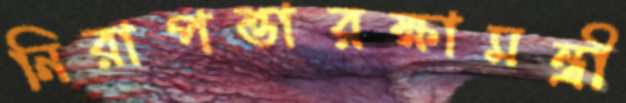
নিরাপত্তারক্ষামন্ত্রী